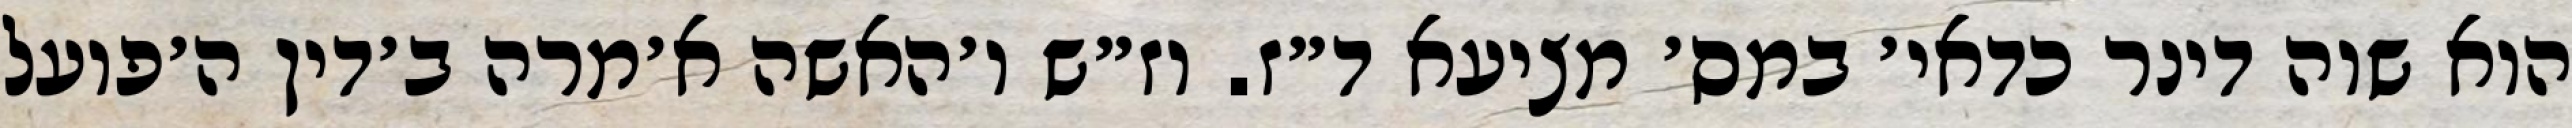
הוא שוה דינר כדאי׳ במס׳ מציעא ד״ז. וז״ש ו׳האשה א׳מרה ב׳דין ה׳פועל